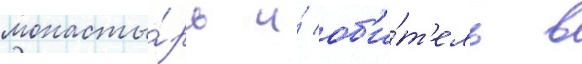
монасты́рь и́ об'и́т'ель в